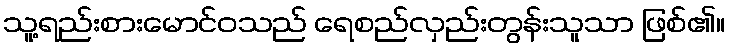
သူ့ရည်းစားမောင်ဝသည် ရေစည်လှည်းတွန်းသူသာ ဖြစ်၏။